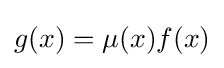
g(x)=\mu (x)f(x)